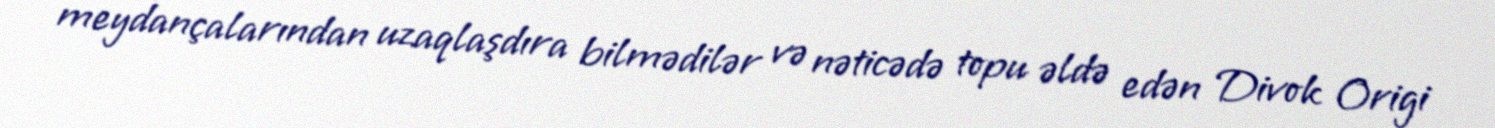
meydançalarından uzaqlaşdıra bilmədilər və nəticədə topu əldə edən Divok Origi